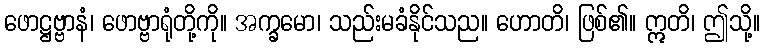
ဖောဋ္ဌဗ္ဗာနံ၊ ဖောဗ္ဗာရုံတို့ကို။ အက္ခမော၊ သည်းမခံနိုင်သည။ ဟောတိ၊ ဖြစ်၏။ ဣတိ၊ ဤသို့။